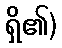
ရှိ၏)